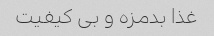
غذا بدمزه و بی کیفیت